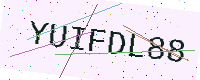
Text: YUIFDL88